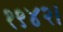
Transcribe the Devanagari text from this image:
१९४२।